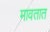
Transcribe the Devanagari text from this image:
मावतात